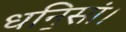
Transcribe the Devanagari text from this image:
धनि॒सां।